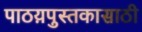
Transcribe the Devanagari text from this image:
पाठय़पुस्तकासाठी